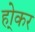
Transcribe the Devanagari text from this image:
हो्कर